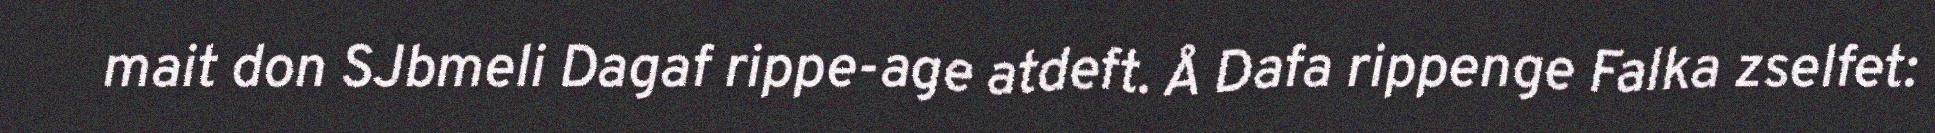
mait don SJbmeli Dagaf rippe-age atdeft. Å Dafa rippenge Falka zselfet: